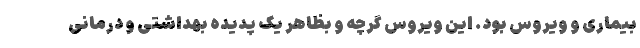
بیماری و ویروس بود. این ویروس گرچه و بظاهر یک پدیده بهداشتی و درمانی